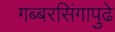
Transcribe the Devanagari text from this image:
गब्बरसिंगापुढे